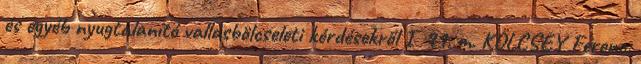
és egyéb nyugtalanító vallásbölcseleti kérdésekről I 91. m. KÖLCSEY Ferenc: